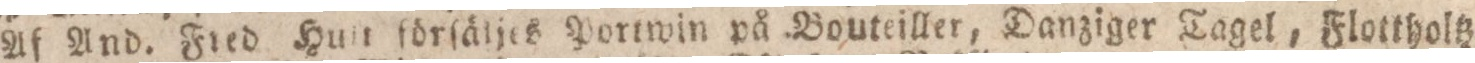
Af And. Fred Huſt förſäljes Portwin på Bouteiller, Danziger Tagel, Flottholtz,